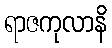
ရာဇကုလာနိ